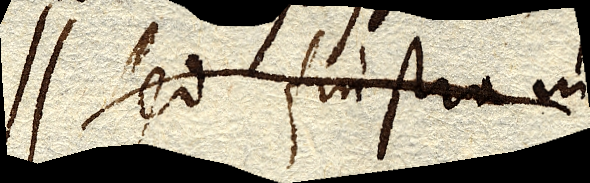
Sed frustra in